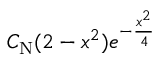
C _ { \mathrm { N } } ( 2 - x ^ { 2 } ) e ^ { - \frac { x ^ { 2 } } { 4 } }